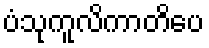
ပံသုကူလိကာတိပေ